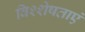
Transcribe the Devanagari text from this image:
विश्शेषताएं